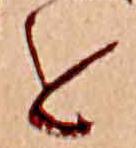
を